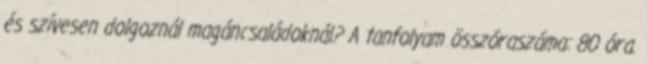
és szívesen dolgoznál magáncsaládoknál? A tanfolyam összóraszáma: 80 óra.